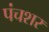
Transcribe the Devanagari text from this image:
पंचशर